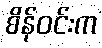
စိန်ဝင်းက